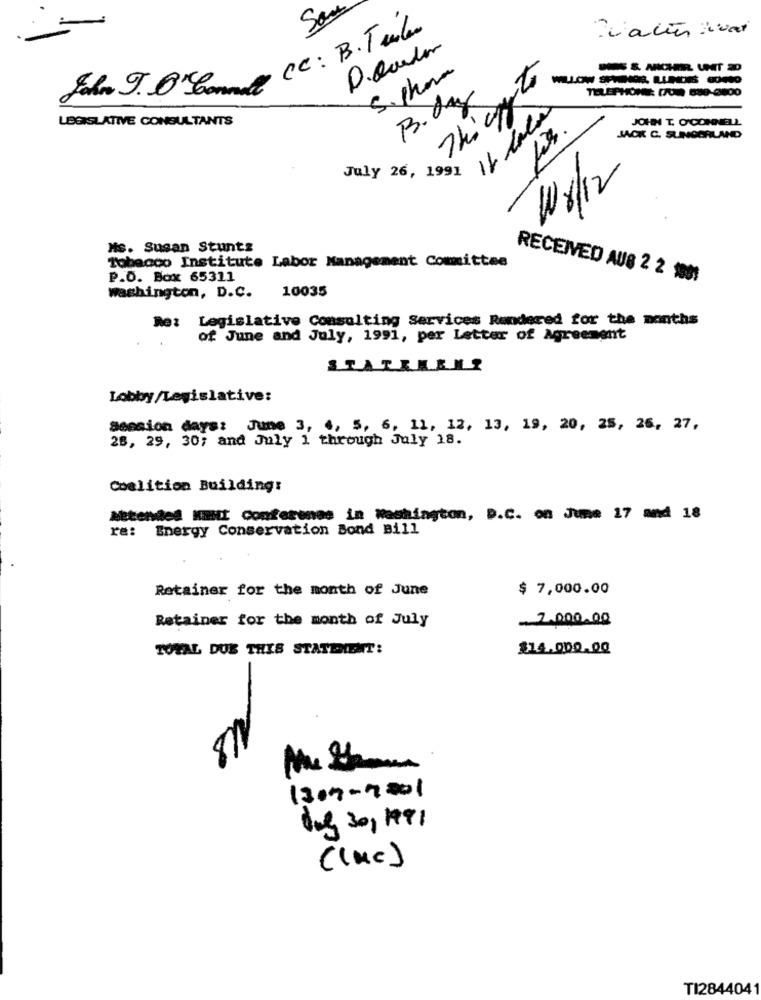
CC: B. Tube
Thing to
TELEPHONE (700 689-8400
B. de
LEGISLATIVE CONSULTANTS
JOHN T. O'CONNELL
JACK C. SUNDGRILAND
July 26, 1991
W8/12
-
MS. Susan Stunts
Tobacco Institute Labor Management Committee
P.O. Box 65311
RECEIVED AUB 2 2 1001
10035
washington, D.C.
Re: Legislative Consulting Services Rendered for the months
of June and July, 1991, per Letter of Agreement
STATIEEN?
Lobby/Legislative:
session days: June 3, 4, 5, 6, 11, 12, 13, 19, 20, 25, 26, 27,
28, 29, 30; and July 1 through July 18.
Coalition Building:
Attended KEMI Conference in Washington, D.C. on June 17 and 18
ra: Energy Conservation Bond Bill
Retainer for the month of June
$ 7,000.00
Retainer for the month of July
2,000.00
TOTAL DUE THIS STATEIENT:
$14.000.00
-
1309-9001
Og 30/ 1991
((Mc)
TI2844041